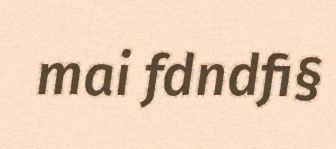
mai fdndfi§